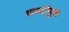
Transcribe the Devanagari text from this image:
धायटीफूल